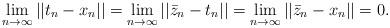
LaTeX: \begin{align*}\lim\limits_{n\to\infty}||t_n-x_n||=\lim\limits_{n\to\infty}||\bar{z}_n-t_{n}||=\lim\limits_{n\to\infty}||\bar{z}_n-x_n||=0.\end{align*}